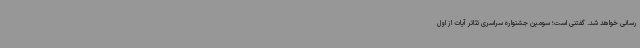
رسانی خواهد شد. گفتنی است؛ سومین جشنواره سراسری تئاتر آیات از اول